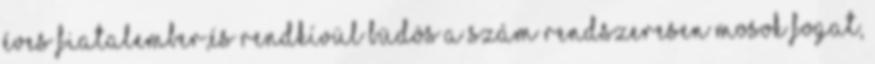
éves fiatalember,és rendkívül büdös a szám Rendszeresen mosok fogat,